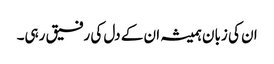
ان کی زبان ہمیشہ ان کے دل کی رفیق رہی۔